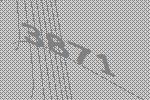
3871